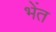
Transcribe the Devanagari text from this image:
भेंत